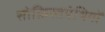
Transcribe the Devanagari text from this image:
सोफ़िस्तपंथियों